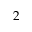
2